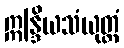
ဣန္ဒြိယသံယုတ္တံ